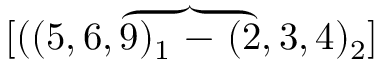
[ ( ( 5 , 6 , \overbrace { 9 ) _ { 1 } \mathrm { ~ - ~ } ( 2 } , 3 , 4 ) _ { 2 } ]